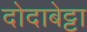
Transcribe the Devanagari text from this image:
दोदाबेट्टा